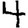
Digit: 4